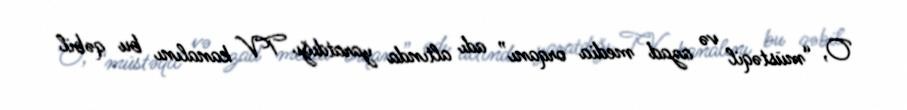
O, “müstəqil və azad media orqanı” adı altında yaratdığı TV kanalını bu qəbil